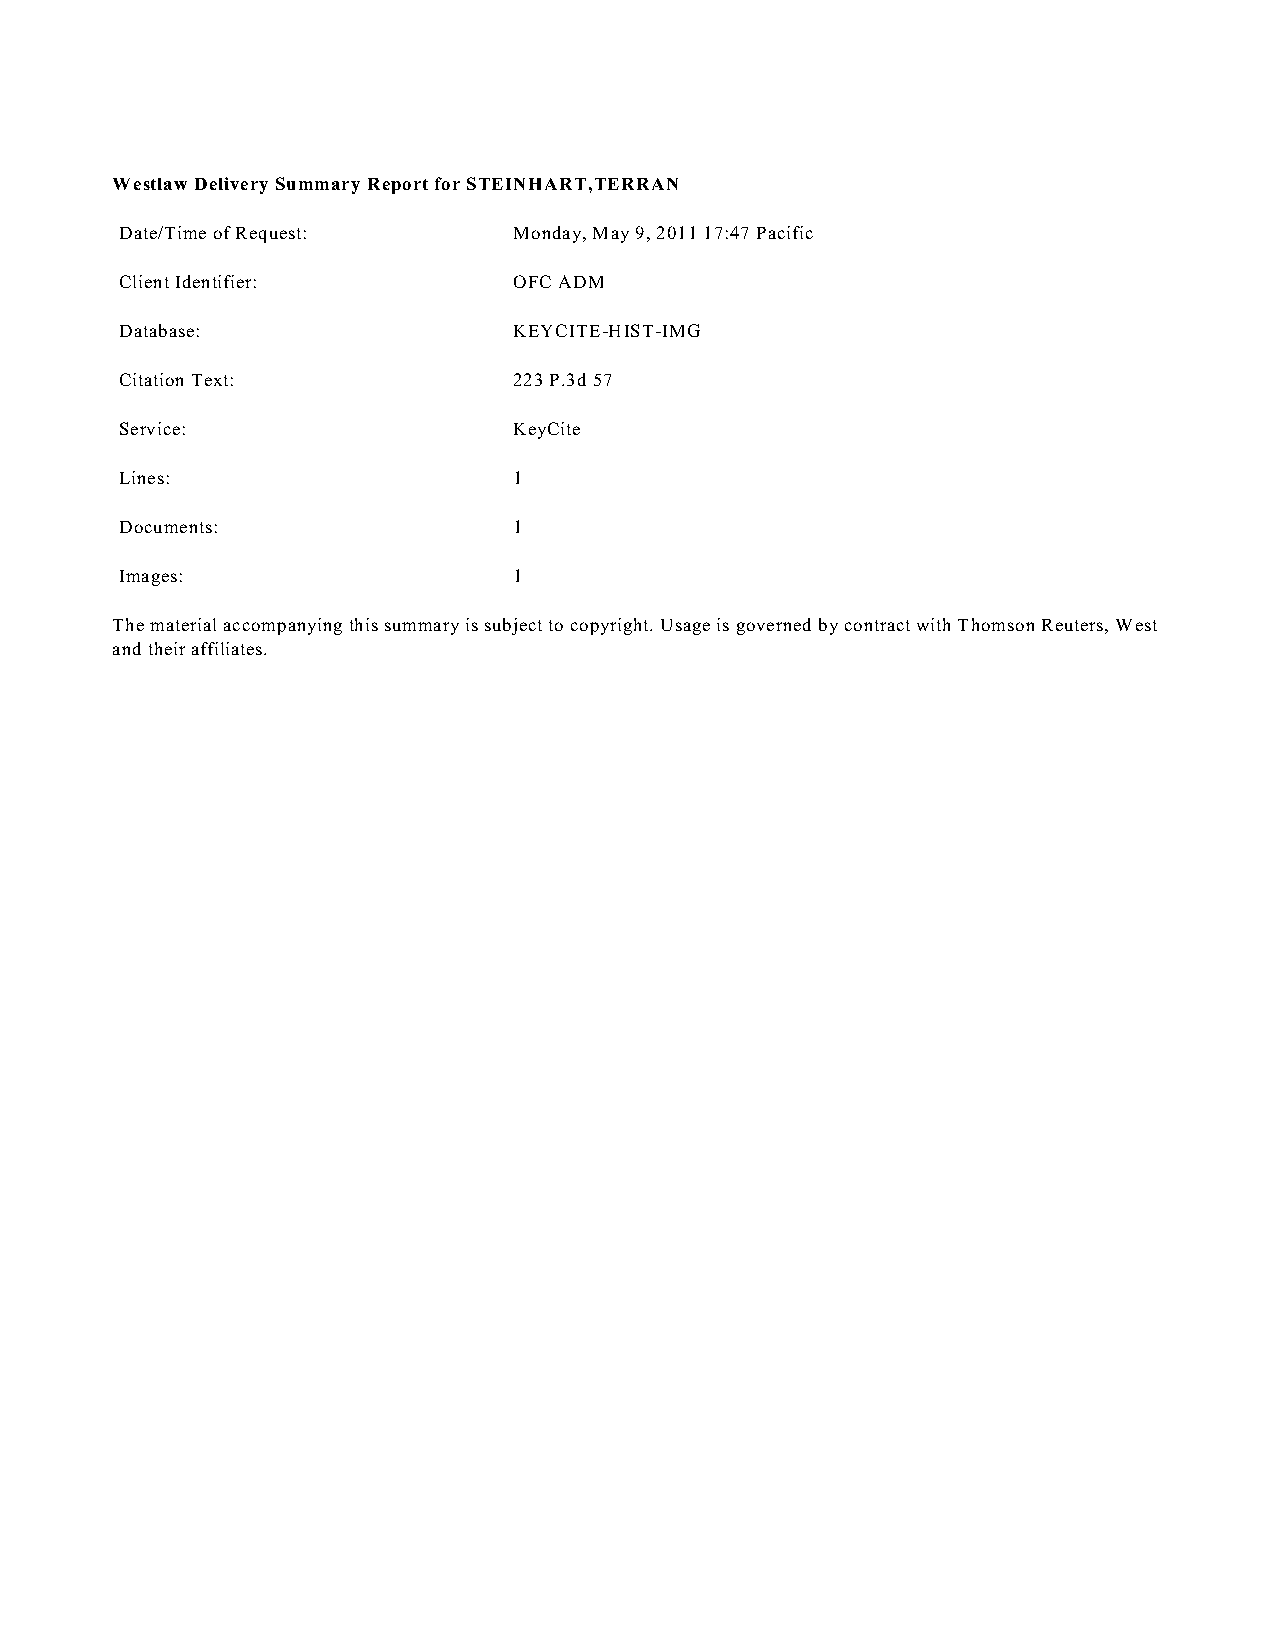
Westlaw Delivery Summary Report for STEINHART,TERRAN
 Date/Time of Request:     Monday, May 9, 2011 17:47 Pacific
 Client Identifier:        OFC ADM
 Database:                 KEYCITE-HIST-IMG
 Citation Text:            223 P.3d 57
 Service:                  KeyCite
 Lines:                    1
 Documents:                1
 Images:                   1
 The material accompanying this summary is subject to copyright. Usage is governed by contract with Thomson Reuters, West
 and their affiliates.